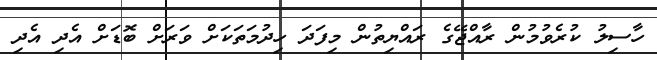
ހާސިލު ކުރެވުމުން ރާއްޖޭގެ ރައްޔިތުން މިފަދަ ހިދުމަތަކަށް ވަރަށް ބޮޑަށް އެދި އެދި